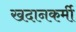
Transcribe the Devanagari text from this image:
खदानकर्मी